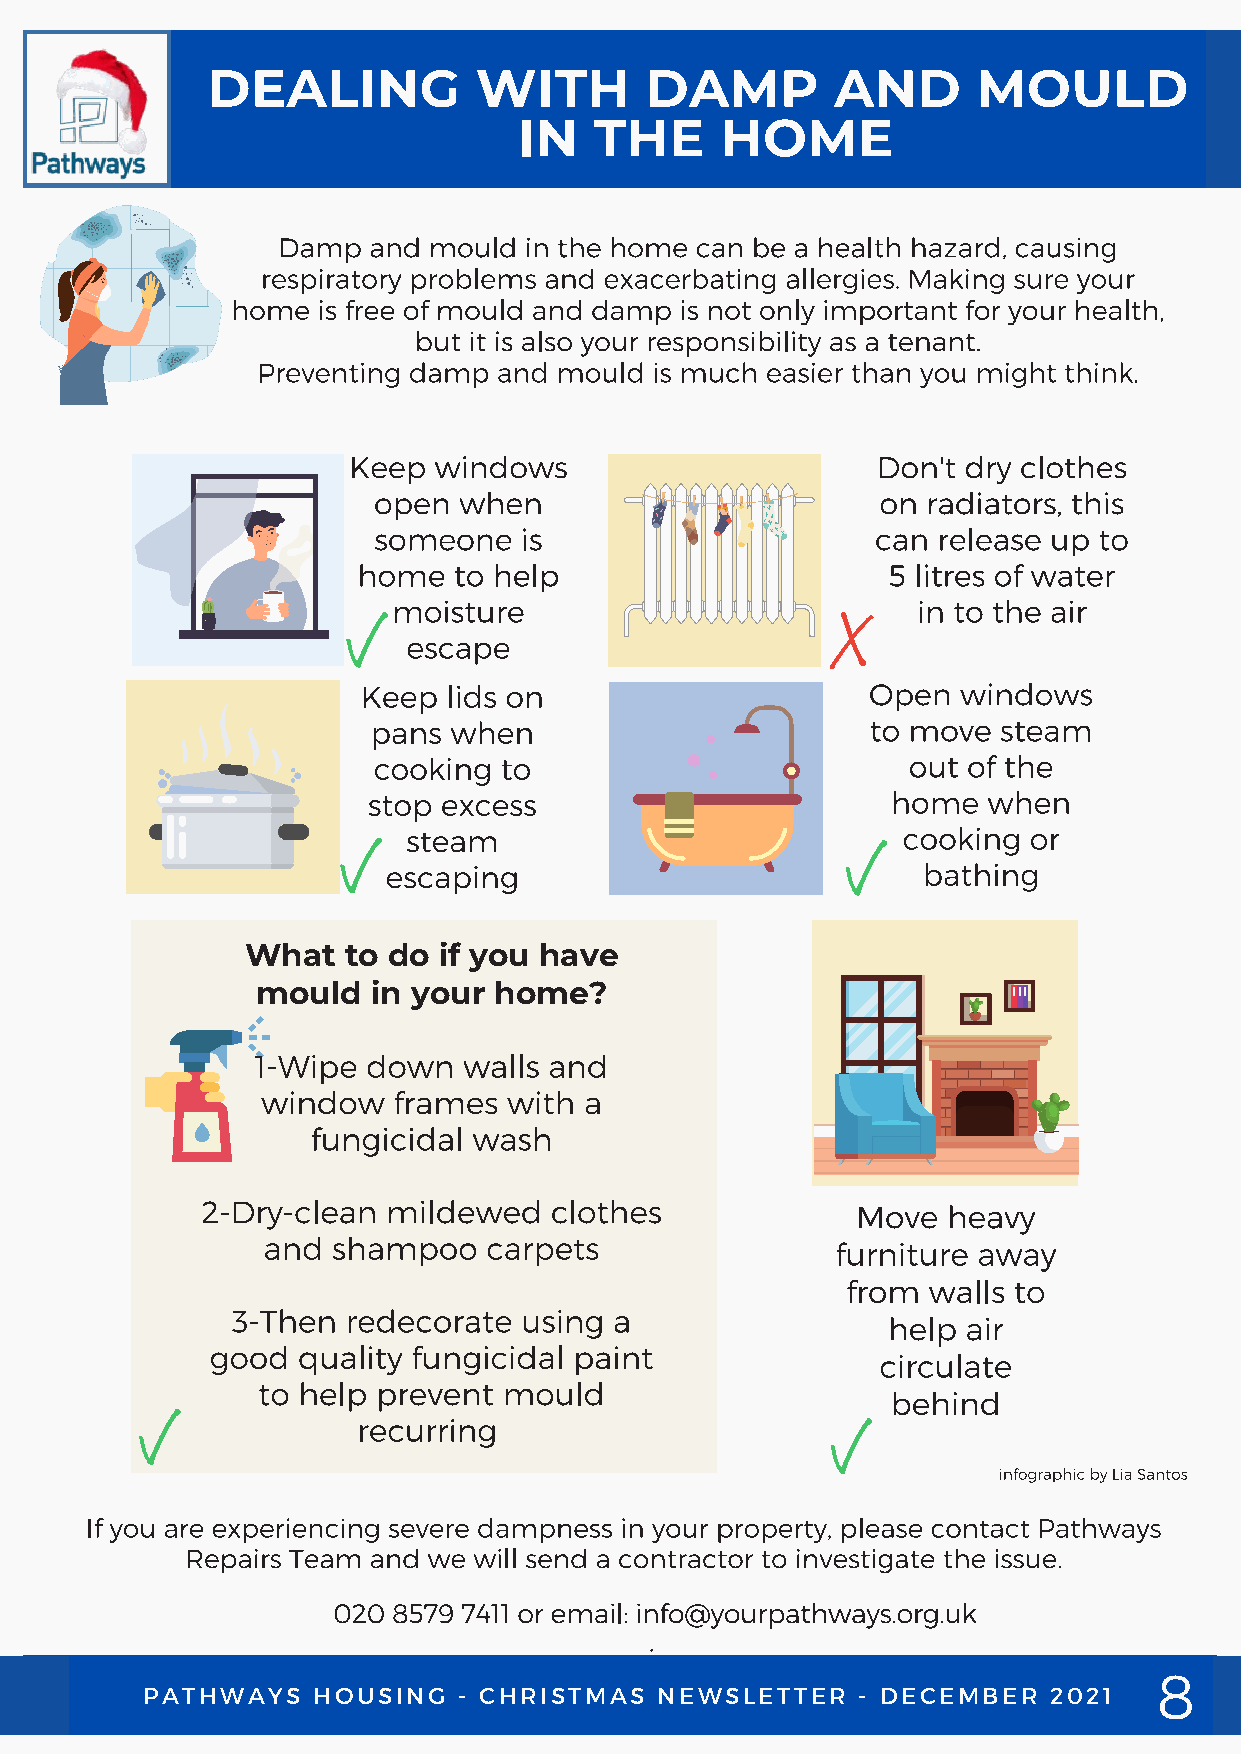
DEALING          WITH        DAMP        AND       MOULD
 IN   THE      HOME
 What   to do if you have
 mould   in your home?
 PATPHAWTAHYWSA CYHSR CIHSTRMISATSM NAESW NSELWESTLTEETRT -E DR E-C DEEMCBEEMRB 2E0R2 21021
 PATHWAYS    HOPUASTIHNWGA -Y CSH CRHISRTIMSTAMSA NSE NWESWLESTLETETTRE -R D -E DCEECMEBMEBRE 2R0 2201 21
 PATHPWAATHYSW HAOYSU SCIHNRGI S- TCMHARSI SNTEMWASSL NETETWESRL E- TDTEECRE -M DBEECRE 2M0B2E1 R 2021